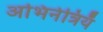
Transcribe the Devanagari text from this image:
अभिनेत्रियँ